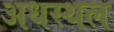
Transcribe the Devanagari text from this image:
अधस्थल